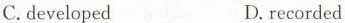
C.developed D.recorded